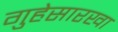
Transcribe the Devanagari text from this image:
गुहेसारखा